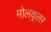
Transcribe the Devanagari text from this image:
मोलकुलर